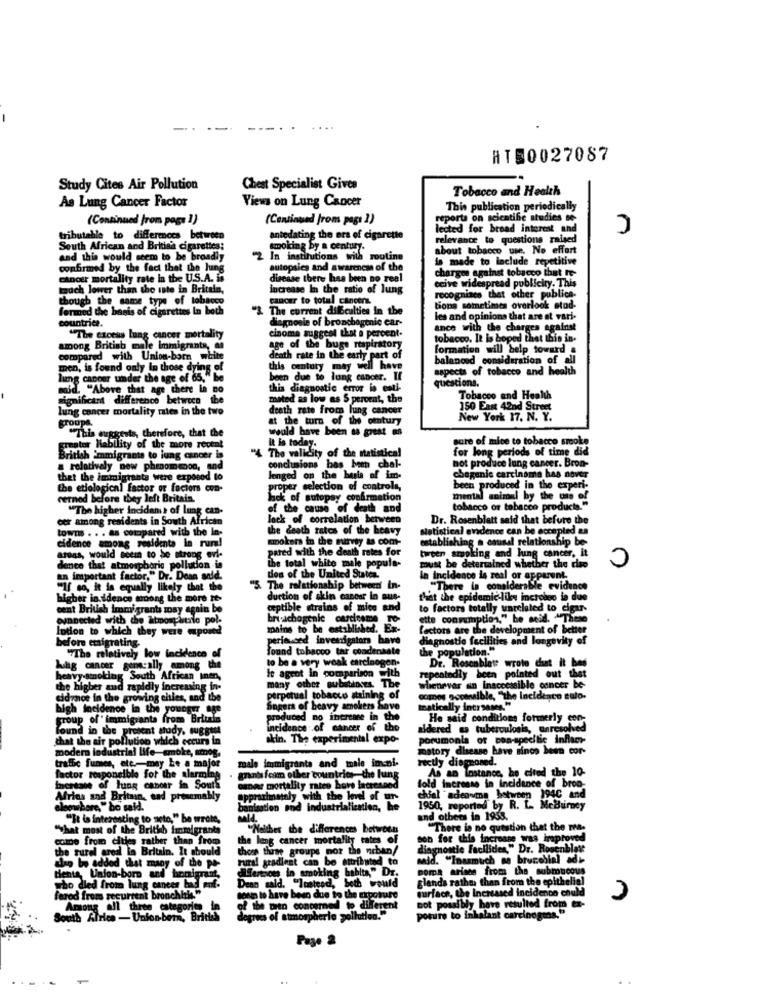
-
ATS0027087
Study Cites Air Pollution
Chest Specialist Gives
Tobacco and Health
Views on Lung Cancer
As Lung Cancer Factor
This publication periodically
(Continued from page 1)
(Continued from pagi 1)
reports on scientific studies se-
lected for broad interest and
tributable to differences between
antedating the ers of cigarette
relevance to questions raised
South African and British cigarettes:
smoking by a century.
about tobacco use, No effort
and this would seem to be broadly
2 In institutions with routine
la made to include repetitive
confirmed by the fact that the Jung
autopsies and awareness of the
charges against tobacco that It-
cancer mortality rate in the U.S.A. i.
disease there has been no real
ceive widespread publicity. This
much lower than the inte in Britain,
increase In the ratio of lung
though the same type of tobacco
cancer to total cancers.
recognizes that other publice.
fermod the basis of cigarettes In both
"& The current difculties in the
tions sometimes overlock stad-
countrice.
diagnosis of bronchogenic car-
les and opinions that are st vari-
ance with the charges against
"The Crowds
Lung cancer mortality
cinoma suggest that a percent-
tobacco, It is hoped that this in.
among British
le Immigrants, as
age of the buge respiratory
formation will belp toward a
compared with Union-born white
death rate in the early part of
balanond consideration of all
men, is found only in those dying of
this century may well have
aspects of tobacco and health
lung cancer under the age of 65," be
een due to lung cancer. I
questions.
said. "Above that age there is no
this diagnostic error is esti-
Significant difference between the
mated as low as $ percent, the
Tobacco and Health
lung cancer mortality rates in the two
death rate from lung cancer
150 East 42nd Street
groupa.
at the turn of the century
New York 17. N. Y.
"This suggests, therefore, that the
would have been aa great ms
sure of mice to tobacco smoke
greater Hability of the more recent
It is today.
for long periods of time did
British immigrants to lung cancer is
"4 The validity of the statistical
not produce lung cancer. Bron-
a relatively new phenomenon, and
conclusions has been chal-
thet the immigrants were exposod to
lenged on the basis of im-
chegenic carcinoma has nover
the etiological factor or factors con-
roper selection of controls,
been produced in the experi-
cerned before they left Britain.
lack of autopsy confirmation
mental animal by the ons of
"The higher incidans of lung can-
cause of death and
tobacco or tobacco products."
cer among residents in South African
lock of correlation between
Dr. Rosenblatt said that before the
towTs . . . as compared with the In-
the death rates of the heavy
statistical evidence can be accepted as
cidence among residente in rum!
smokers in the mirvsy as com-
establishing . causal relationship be-
C
pared with the death rates for
areas, would seem to be strong evl-
the total white male popula-
n smoking and lung cancer. it
dence that atmospboris pollution is
must be determined whether the rise
an important factor," Dr. Doan anid.
des of the United States.
in incidence is real or apparent.
"If so, it is equally likely that the
"5. The relationship between in
"There la considerable evidence
higher in idence moong the more re-
duction of skin cancer in aus-
that the epidemic-like incrolos is due
cent British immigrants may again be
ceptible strains of mice and
to factors totally unrelated to cigar-
ounnected with the atmosphtilo pol.
bri-achogenic cardreme To-
ette consumption," be scad. Thes
lotion to which they were mposed
to be established. Ex-
factors are the development of better
perienced investigators have
diagnostic facilities and longevity of
before emigrating.
"The relatively low incidence of
Tound tobacco tar condensate
the population."
to be a very weak carcinogen.
lung cancer generally among the
Dr. Rosenblete wrote cut it bes
heavy-smoking South African Inen,
le agent in comparison with
many other subetinses. The
repeatedly been pointed out thet
whenever an Inaccessible cancer be-
the higher and rapidly increasing in-
cidance in the growing chies, and the
perpetual tobacco staining of
canalble, "the Incidento culo.
high Incidence in the younger Age
Singers of heavy smokers Save
matically increases."
group of" immigrants from Brluis
oduced no increase in the
He said conditions
onditions formerly con-
Found in the pre
incidence of cancer of the
aidered ta tuberculosis, anresolv
that the air pollution which occurs in
skin. The experimental expo-
porumonia of con-specific inflacr-
modern lodustrial life-smoke, amnog.
matory disease have sincs been cor-
trafbe fumes, etc .- may be a major
male immigrants and male im-ni-
rectly diagnoned.
factor responsible for the alarming
As an Instance, he cited the 10-
grants foam other countries the lung
omar mortality rates hove lacresned
fold increase in incidence of bron-
tocreate of lung cancer in South
Afries and Britain, and presemably
approximately with the level of mm
"adenvina between 194C and
eloowhere," bo said.
banisation and industrialication, he
den. be
1950, reported by R. L. McBurney
""It is interesting to weto," he wrote,
and others in 1953.
"That most of the British immigrants
"Holthes the differences between
"There is no question that the mes-
come from cities rather than from
the lung cancer mortality rates of
ob for this increase was improved
the rural ered in Britain. It should
these three groups nor the niban/
diagnostic facilides," Dr. Rosenblat
rural gradient can be attributed to
"Inasmuch as brucolial adi-
Lao be added that many of the po-
Wferences in smoking habits," Dr.
a arises from the submucous
tients, Union-born and borsigrant,
glands rather than from the epithelial
who died from lung cances bas ent.
Dean sald. "Instead, both would
surface, the Increased incidence could
ferod from recurrent bronch
sowe to have been due to the exposure
Arsong all three categories in
of the waren concerned to different
not possibly have resulted from ta-
South Africa - Union-bern, British
degrees of atmospheric pollution."
posure to inhalant carcinogens.'
Page 2